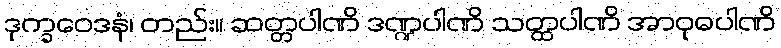
ဒုက္ခဝေဒနံ၊ တည်း။ ဆတ္တပါဏိ ဒဏ္ဍပါဏိ သတ္ထပါဏိ အာဝုဓပါဏိ